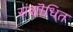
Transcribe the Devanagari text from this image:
संशॊधित